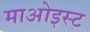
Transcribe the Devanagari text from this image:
माओइस्ट